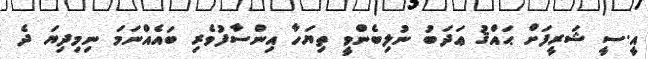
އީ.ސީ ޝަރީފަށް ޙައްޤު ޢަދަބު ނުލިބެންވީ ތިޔަހާ އިންސާފުވެރި ބައެއްނަމަ ނިމިދިޔަ ދެ